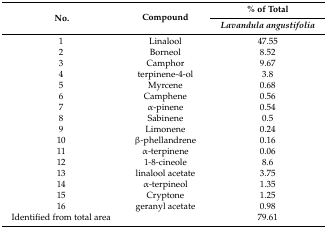
| <ROWSPAN=2> No. | <ROWSPAN=2> Compound | % of Total |
 | Lavandula angustifolia |
 | --- | --- | --- |
 | 1 | Linalool | 47.55 |
 | 2 | Borneol | 8.52 |
 | 3 | Camphor | 9.67 |
 | 4 | terpinene-4-ol | 3.8 |
 | 5 | Myrcene | 0.68 |
 | 6 | Camphene | 0.56 |
 | 7 | α-pinene | 0.54 |
 | 8 | Sabinene | 0.5 |
 | 9 | Limonene | 0.24 |
 | 10 | β-phellandrene | 0.16 |
 | 11 | α-terpinene | 0.06 |
 | 12 | 1-8-cineole | 8.6 |
 | 13 | linalool acetate | 3.75 |
 | 14 | α-terpineol | 1.35 |
 | 15 | Cryptone | 1.25 |
 | 16 | geranyl acetate | 0.98 |
 | Identified from total area |  | 79.61 |